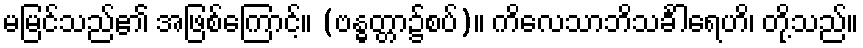
မမြင်သည်၏ အဖြစ်ကြောင့်။ (ဗန္ဓတ္တာ၌စပ်)။ ကိလေသာဘိသင်္ခါရေဟိ၊ တို့သည်။